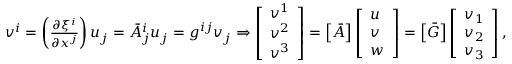
\begin{array} { r } { v ^ { i } = \left( \frac { \partial \xi ^ { i } } { \partial x ^ { j } } \right) u _ { j } = \bar { A } _ { j } ^ { i } u _ { j } = g ^ { i j } v _ { j } \Rightarrow \left[ \begin{array} { l } { v ^ { 1 } } \\ { v ^ { 2 } } \\ { v ^ { 3 } } \end{array} \right] = \left[ \boldsymbol { \bar { A } } \right] \left[ \begin{array} { l } { u } \\ { v } \\ { w } \end{array} \right] = \left[ \boldsymbol { \bar { G } } \right] \left[ \begin{array} { l } { v _ { 1 } } \\ { v _ { 2 } } \\ { v _ { 3 } } \end{array} \right] , } \end{array}